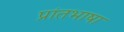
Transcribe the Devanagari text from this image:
प्रांतभाषा